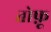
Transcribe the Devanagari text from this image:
तोफ़ू